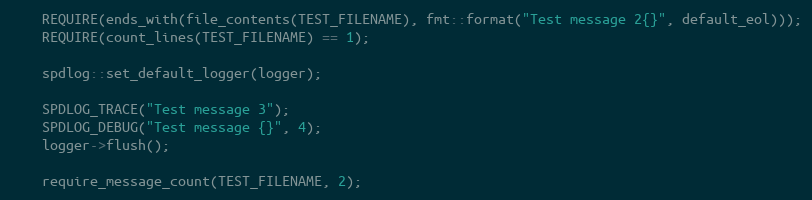
Language: C++
    REQUIRE(ends_with(file_contents(TEST_FILENAME), fmt::format("Test message 2{}", default_eol)));
    REQUIRE(count_lines(TEST_FILENAME) == 1);

    spdlog::set_default_logger(logger);

    SPDLOG_TRACE("Test message 3");
    SPDLOG_DEBUG("Test message {}", 4);
    logger->flush();

    require_message_count(TEST_FILENAME, 2);